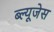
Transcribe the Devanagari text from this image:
ब्ल्यूजेस